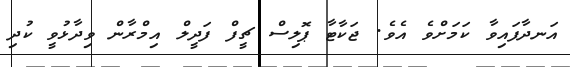
އަނދާފައިވާ ކަމަށްވެ އެވެ. ޖަކާޓާ ޕޮލިސް ޗީފް ފަދީލް އިމްރާން ވިދާޅުވީ ކުދި